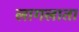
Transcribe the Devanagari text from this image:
लागलाता